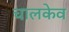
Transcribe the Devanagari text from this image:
चालकेव